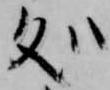
処